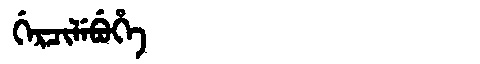
Manchu: ᡤᡝᡵᠴᡳᠯᡝᠪᡠᡥᡝ
Romanization: GERCILEBUHE